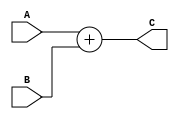
module SimpleAdder (
    input   [31:0] A,
    input   [31:0] B,
    output  [31:0] C
);

    assign C = (A + B);
endmodule